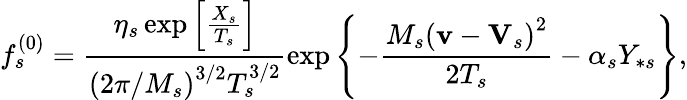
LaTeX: f_{s}^{\left(0\right)}=\frac{\eta_{s}\exp\left[\frac{X_{s}}{T_{s}}\right]}{\left(2\pi/M_{s}\right)^{3/2}T_{s}^{3/2}}\exp\left\{ -\frac{M_{s}\left(\mathbf{v}-\mathbf{V}_{s}\right)^{2}}{2T_{s}}-\alpha_{s}Y_{\ast s}\right\} ,